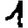
Digit: 1